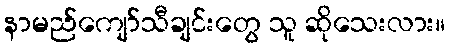
နာမည်ကျော်သီချင်းတွေ သူ ဆိုသေးလား။